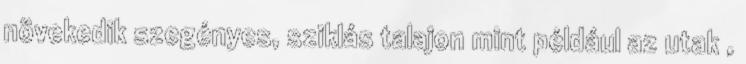
növekedik szegényes, sziklás talajon mint például az utak ,